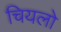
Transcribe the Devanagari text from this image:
चियलो